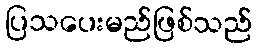
ပြသပေးမည်ဖြစ်သည်